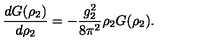
\frac { d G ( \rho _ { 2 } ) } { d \rho _ { 2 } } = - \frac { g _ { 2 } ^ { 2 } } { 8 \pi ^ { 2 } } \rho _ { 2 } G ( \rho _ { 2 } ) .